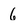
Character: 6